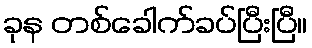
ခုန တစ်ခေါက်ခပ်ပြီးပြီ။